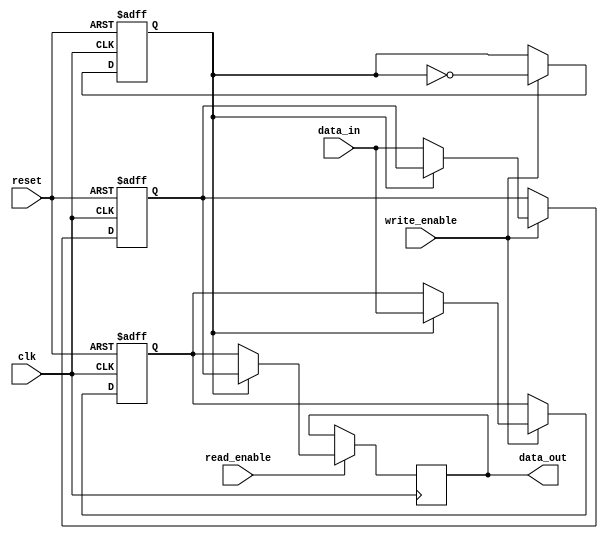
module double_buffer_register (
    input wire clk,
    input wire reset,
    input wire [15:0] data_in,       // Assuming 16-bit data input
    input wire write_enable,
    input wire read_enable,
    output reg [15:0] data_out       // Assuming 16-bit data output
);

    // Internal registers for the double buffer
    reg [15:0] buffer_a;
    reg [15:0] buffer_b;
    reg active_buffer; // 0 for buffer_a, 1 for buffer_b

    // Asynchronous reset
    always @(posedge clk or posedge reset) begin
        if (reset) begin
            buffer_a <= 16'b0;
            buffer_b <= 16'b0;
            active_buffer <= 1'b0; // Start with buffer_a as active
        end else begin
            // Writing data to the active buffer
            if (write_enable) begin
                if (active_buffer == 1'b0) begin
                    buffer_a <= data_in; // Write to buffer_a
                end else begin
                    buffer_b <= data_in; // Write to buffer_b
                end
                // Toggle the active buffer
                active_buffer <= ~active_buffer;
            end
        end
    end

    // Reading data from the non-active buffer
    always @(posedge clk) begin
        if (read_enable) begin
            if (active_buffer == 1'b0) begin
                data_out <= buffer_b; // Read from buffer_b
            end else begin
                data_out <= buffer_a; // Read from buffer_a
            end
        end
    end

endmodule